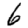
Digit: 6